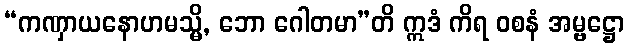
“ကဏှာယနောဟမသ္မိ, ဘော ဂေါတမာ”တိ ဣဒံ ကိရ ဝစနံ အမ္ဗဋ္ဌော